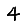
Digit: 4